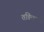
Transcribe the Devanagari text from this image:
तङित